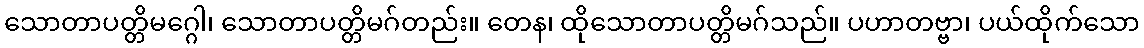
သောတာပတ္တိမဂ္ဂေါ၊ သောတာပတ္တိမဂ်တည်း။ တေန၊ ထိုသောတာပတ္တိမဂ်သည်။ ပဟာတဗ္ဗာ၊ ပယ်ထိုက်သော